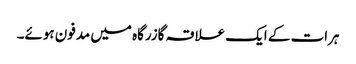
ہرات کے ایک علاقہ گازرگاہ میں مدفون ہوئے۔